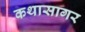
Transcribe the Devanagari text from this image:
कथासागर